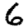
Digit: 6